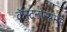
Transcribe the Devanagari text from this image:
कॅस्टनोस्पर्मम